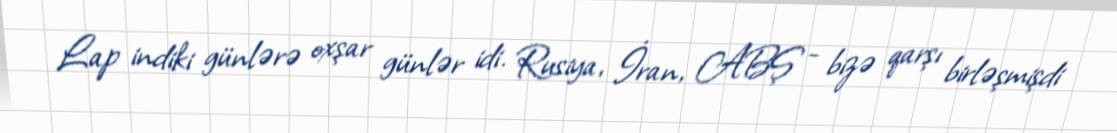
Lap indiki günlərə oxşar günlər idi. Rusiya, İran, ABŞ - bizə qarşı birləşmişdi